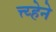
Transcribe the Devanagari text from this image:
त्त्य्हेने